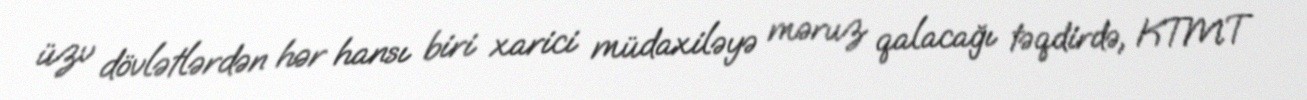
üzv dövlətlərdən hər hansı biri xarici müdaxiləyə məruz qalacağı təqdirdə, KTMT